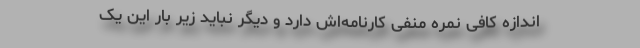
اندازه کافی نمره منفی کارنامه‌اش دارد و دیگر نباید زیر بار این یک